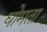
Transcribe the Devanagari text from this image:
घोमता